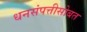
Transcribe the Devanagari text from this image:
धनसंपत्तीसोबत